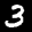
Digit: 3